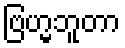
ဗြဟ္မဘူတာ